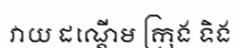
វាយ ដណ្តើម ក្រុង ទិង